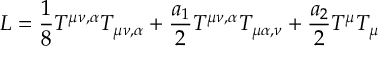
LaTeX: { \cal L } = \frac { 1 } { 8 } T ^ { \mu \nu , \alpha } T _ { \mu \nu , \alpha } + \frac { a _ { 1 } } { 2 } T ^ { \mu \nu , \alpha } T _ { \mu \alpha , \nu } + \frac { a _ { 2 } } { 2 } T ^ { \mu } T _ { \mu }